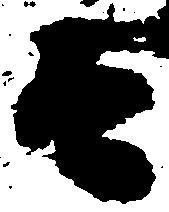
而